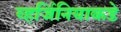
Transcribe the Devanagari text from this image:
व्हर्जिनियाकडे